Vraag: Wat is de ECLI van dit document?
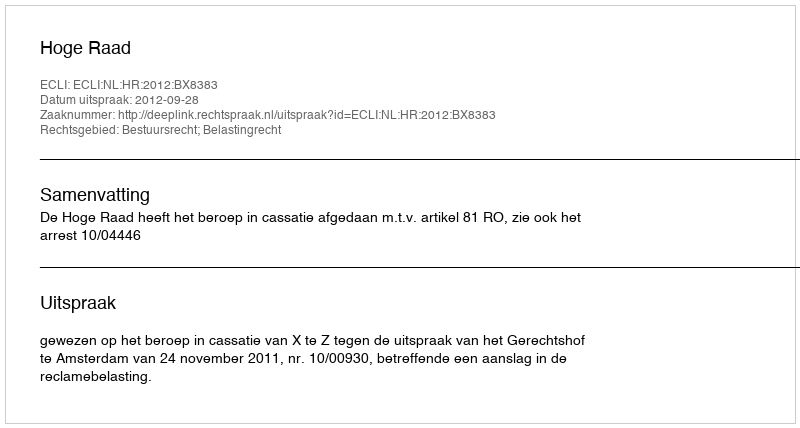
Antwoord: ECLI:NL:HR:2012:BX8383